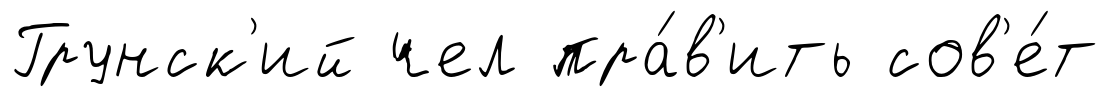
Грунск'ий чел пра́в'ить сов'е́т